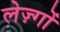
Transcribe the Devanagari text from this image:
लेज़्गों